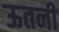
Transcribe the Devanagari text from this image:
ऊतनी